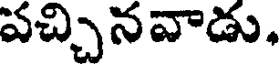
పచ్చినవాడు.